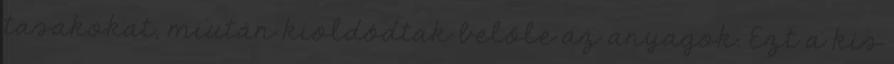
tasakokat, miután kioldódtak belőle az anyagok. Ezt a kis